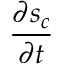
\frac { \partial s _ { c } } { \partial t }